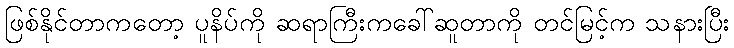
ဖြစ်နိုင်တာကတော့ ပူနိပ်ကို ဆရာကြီးကခေါ်ဆူတာကို တင်မြင့်က သနားပြီး